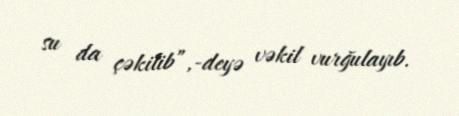
su da çəkilib”,-deyə vəkil vurğulayıb.